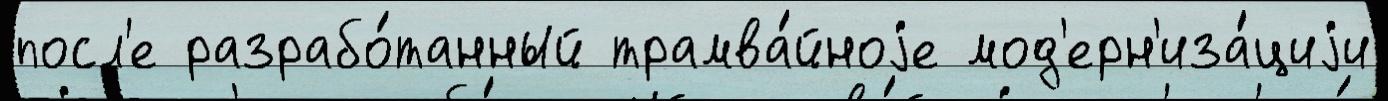
посл'е разрабо́танный трамва́йноjе мод'ерн'иза́циjи